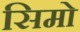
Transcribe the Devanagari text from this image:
सिमो